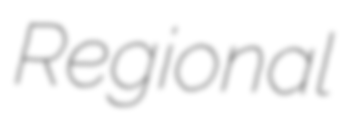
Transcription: Regional